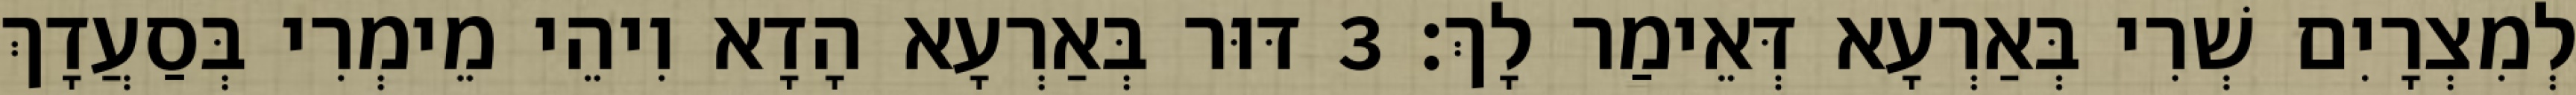
לְמִצְרָיִם שְׁרִי בְּאַרְעָא דְּאֵימַר לָךְ׃ 3 דּוּר בְּאַרְעָא הָדָא וִיהֵי מֵימְרִי בְּסַעֲדָךְ